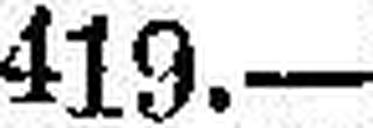
419.—